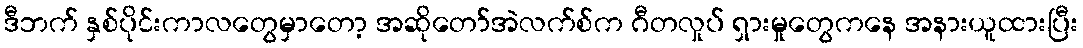
ဒီဘက် နှစ်ပိုင်းကာလတွေမှာတော့ အဆိုတော်အဲလက်စ်က ဂီတလှုပ် ရှားမှုတွေကနေ အနားယူထားပြီး